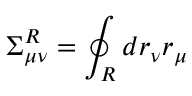
\Sigma _ { \mu \nu } ^ { R } = \oint _ { R } d r _ { \nu } r _ { \mu }